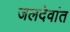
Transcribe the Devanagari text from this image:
जलदेवांत